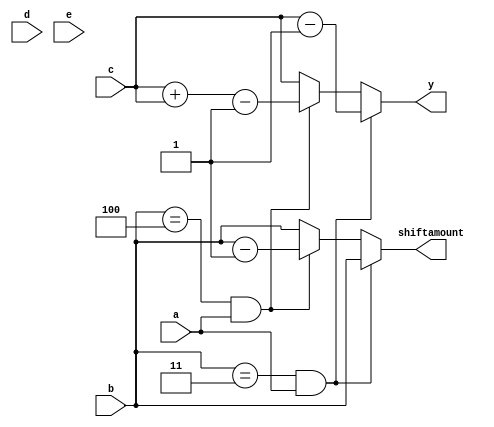
module discrete(a,b,c,y,d,e,shiftamount);

input a;//LED2 signal value 
input [3:0]b;//shifting  when 3 situation
input [7:0]c;//  

input [3:0]d;// 
input [3:0]e;//// 

output reg [3:0] shiftamount;
output reg [7:0] y;

reg [7:0] z;
reg [3:0] w;

always@(a or b or c or d or e or shiftamount or y or z or w)
begin
z=c;
w=b;
if(b==3&&a==1)
begin
	y=z-1;
	shiftamount=w;
end
else if(b==4&a==1)
begin
	y=z+z-1;
	shiftamount=w-1;
end
else
begin
	y=z;
	shiftamount=b;	
end
end
endmodule